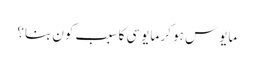
مایوس ہو کر مایوسی کا سبب کون بنا؟